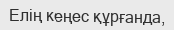
Елің кеңес құрғанда,